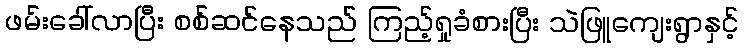
ဖမ်းခေါ်လာပြီး စစ်ဆင်နေသည် ကြည့်ရှုခံစားပြီး သဲဖြူကျေးရွာနှင့်